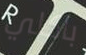
باكلي